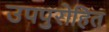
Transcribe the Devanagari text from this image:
उपपुरोहित